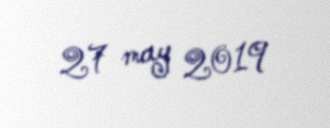
27 may 2019